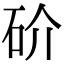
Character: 砎